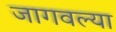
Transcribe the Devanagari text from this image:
जागवल्या